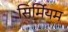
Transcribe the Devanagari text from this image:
सिर्मियम